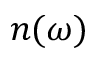
n ( \omega )